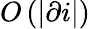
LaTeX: O\left(\left|\partial i\right|\right)